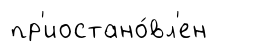
пр'иостано́вл'ен